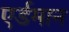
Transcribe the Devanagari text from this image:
एर्डमान